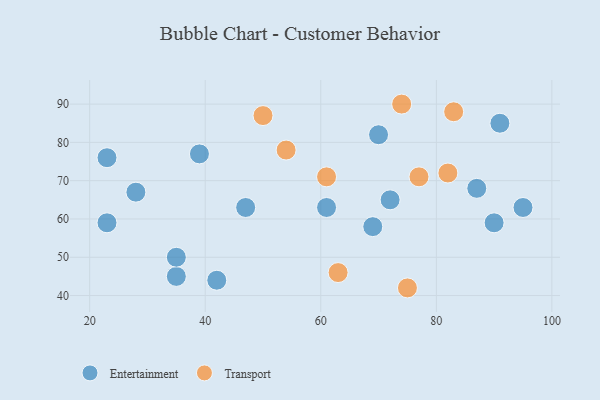
{"axis": {"x": "GDP", "y": "Life Expectancy"}, "legend": ["Entertainment", "Transport"], "data": [{"x": "95", "y": 63, "type": "Entertainment"}, {"x": "70", "y": 82, "type": "Entertainment"}, {"x": "35", "y": 45, "type": "Entertainment"}, {"x": "39", "y": 77, "type": "Entertainment"}, {"x": "61", "y": 63, "type": "Entertainment"}, {"x": "69", "y": 58, "type": "Entertainment"}, {"x": "23", "y": 59, "type": "Entertainment"}, {"x": "23", "y": 76, "type": "Entertainment"}, {"x": "42", "y": 44, "type": "Entertainment"}, {"x": "28", "y": 67, "type": "Entertainment"}, {"x": "35", "y": 50, "type": "Entertainment"}, {"x": "72", "y": 65, "type": "Entertainment"}, {"x": "91", "y": 85, "type": "Entertainment"}, {"x": "90", "y": 59, "type": "Entertainment"}, {"x": "47", "y": 63, "type": "Entertainment"}, {"x": "87", "y": 68, "type": "Entertainment"}, {"x": "75", "y": 42, "type": "Transport"}, {"x": "63", "y": 46, "type": "Transport"}, {"x": "82", "y": 72, "type": "Transport"}, {"x": "50", "y": 87, "type": "Transport"}, {"x": "54", "y": 78, "type": "Transport"}, {"x": "74", "y": 90, "type": "Transport"}, {"x": "83", "y": 88, "type": "Transport"}, {"x": "77", "y": 71, "type": "Transport"}, {"x": "61", "y": 71, "type": "Transport"}]}